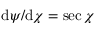
\mathrm d \psi / \mathrm d \chi = \sec \chi